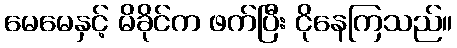
မေမေနှင့် မိခိုင်က ဖက်ပြီး ငိုနေကြသည်။